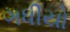
ગધીયો